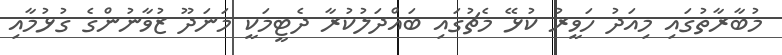
މުބާރާތުގައި މިއަދު ހަވީރު ކުޅޭ މެޗުގައި ބައްދަލުކުރާ ދެޓީމަކީ މަނަދޫ ޒުވާނުންގެ ގުޅުމާއި